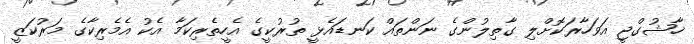
ޚާޝުގްޖީ އަވަހާރަކޮށްލި ގާތިލުންގެ ނަންތައް ކަނޑައެޅީ ތުރުކީގެ އެހީތެރިކަމާ އެކު އެމެރިކާގެ މަރުކަޒީ